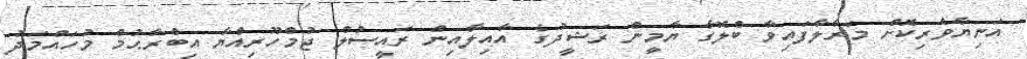
އަނިޔާވެރިކޮށް މަރާލާފައިވާ ބްލޮގާ ޔާމީން ރަޝީދުގެ އާއިލާއިން ރައީސުލް ޖުމްހޫރިއްޔާ އިބްރާޙުމް މުހައްމަދު